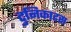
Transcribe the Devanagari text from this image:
टुनिकाटस